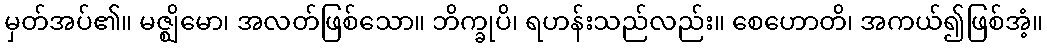
မှတ်အပ်၏။ မဇ္ဈိမော၊ အလတ်ဖြစ်သော။ ဘိက္ခုပိ၊ ရဟန်းသည်လည်း။ စေဟောတိ၊ အကယ်၍ဖြစ်အံ့။